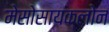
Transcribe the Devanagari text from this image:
मेसोसायक्लोन